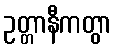
ဥတ္တာနီကတွာ